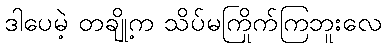
ဒါပေမဲ့ တချို့က သိပ်မကြိုက်ကြဘူးလေ